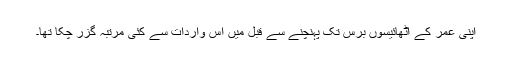
اپنی عمر کے اٹھائیسوں برس تک پہنچنے سے قبل میں اس واردات سے کئی مرتبہ گزر چکا تھا۔